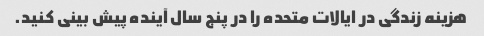
هزینه زندگی در ایالات متحده را در پنج سال آینده پیش بینی کنید.